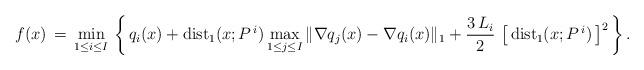
LaTeX: \begin{align*} f(x) \, = \, \displaystyle{\min_{1 \leq i \leq I}} \, \left\{ \, q_i(x) + \mbox{dist}_1(x;P^{\, i}) \, \displaystyle{\max_{1 \leq j \leq I}} \, \| \nabla q_j(x) - \nabla q_i(x) \|_1 + \displaystyle{\frac{3 \, L_i}{2}} \, \left[ \, \mbox{dist}_1(x;P^{\, i}) \, \right]^2 \, \right\} .\end{align*}